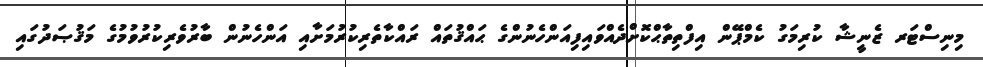
މިނިސްޓަރ ޒެނީޝާ ކުރިމަގު ކެމްޕޭން އިފްތިތާޙްކޮށްދެއްވައިފިއަންހެނުންގެ ޙައްޤުތައް ރައްކާތެރިކުރުމަށާއި އަންހެނުން ބާރުވެރިކުރުވުމުގެ މަޤުޞަދުގައި